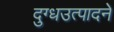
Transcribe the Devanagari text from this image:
दुग्धउत्पादने